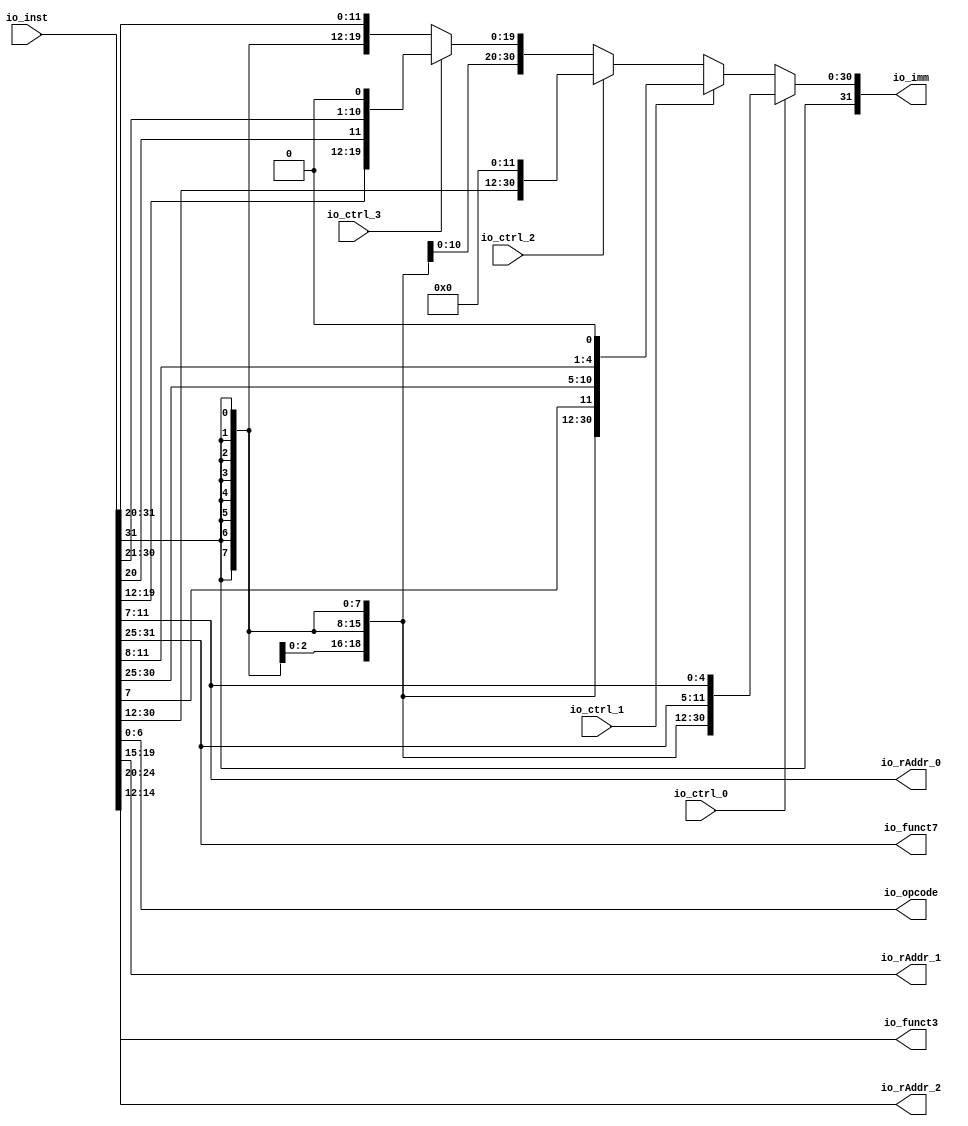
module Decoder1(
  input  [31:0] io_inst,
  input         io_ctrl_0,
                io_ctrl_1,
                io_ctrl_2,
                io_ctrl_3,
  output [6:0]  io_opcode,
  output [4:0]  io_rAddr_0,
                io_rAddr_1,
                io_rAddr_2,
  output [2:0]  io_funct3,
  output [6:0]  io_funct7,
  output [31:0] io_imm
);

  wire [20:0] _io_imm_T_21 =
    io_ctrl_3
      ? {io_inst[31], io_inst[19:12], io_inst[20], io_inst[30:21], 1'h0}
      : {{9{io_inst[31]}}, io_inst[31:20]};
  assign io_opcode = io_inst[6:0];
  assign io_rAddr_0 = io_inst[11:7];
  assign io_rAddr_1 = io_inst[19:15];
  assign io_rAddr_2 = io_inst[24:20];
  assign io_funct3 = io_inst[14:12];
  assign io_funct7 = io_inst[31:25];
  assign io_imm =
    io_ctrl_0
      ? {{20{io_inst[31]}}, io_inst[31:25], io_inst[11:7]}
      : io_ctrl_1
          ? {{20{io_inst[31]}}, io_inst[7], io_inst[30:25], io_inst[11:8], 1'h0}
          : io_ctrl_2 ? {io_inst[31:12], 12'h0} : {{11{_io_imm_T_21[20]}}, _io_imm_T_21};
endmodule